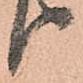
り